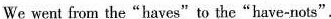
We went from the “haves"to the“have-nots”.